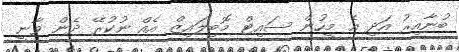
ބުނާއިރު އަދި އެ މީހުން ސައިޓް މޮބިލައިޒް އެއް ނުކުރޭ ދެން ވާނީ